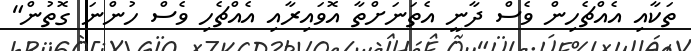
ތަކާއި އެއްޗެހިން ވެސް ދާނީ އެތަަނަށްތާ އޮވައިރާއި އެއްޗެހި ވެސް ހުންނަ ގޮތުން"